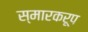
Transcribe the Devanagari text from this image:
स्मारकरूप